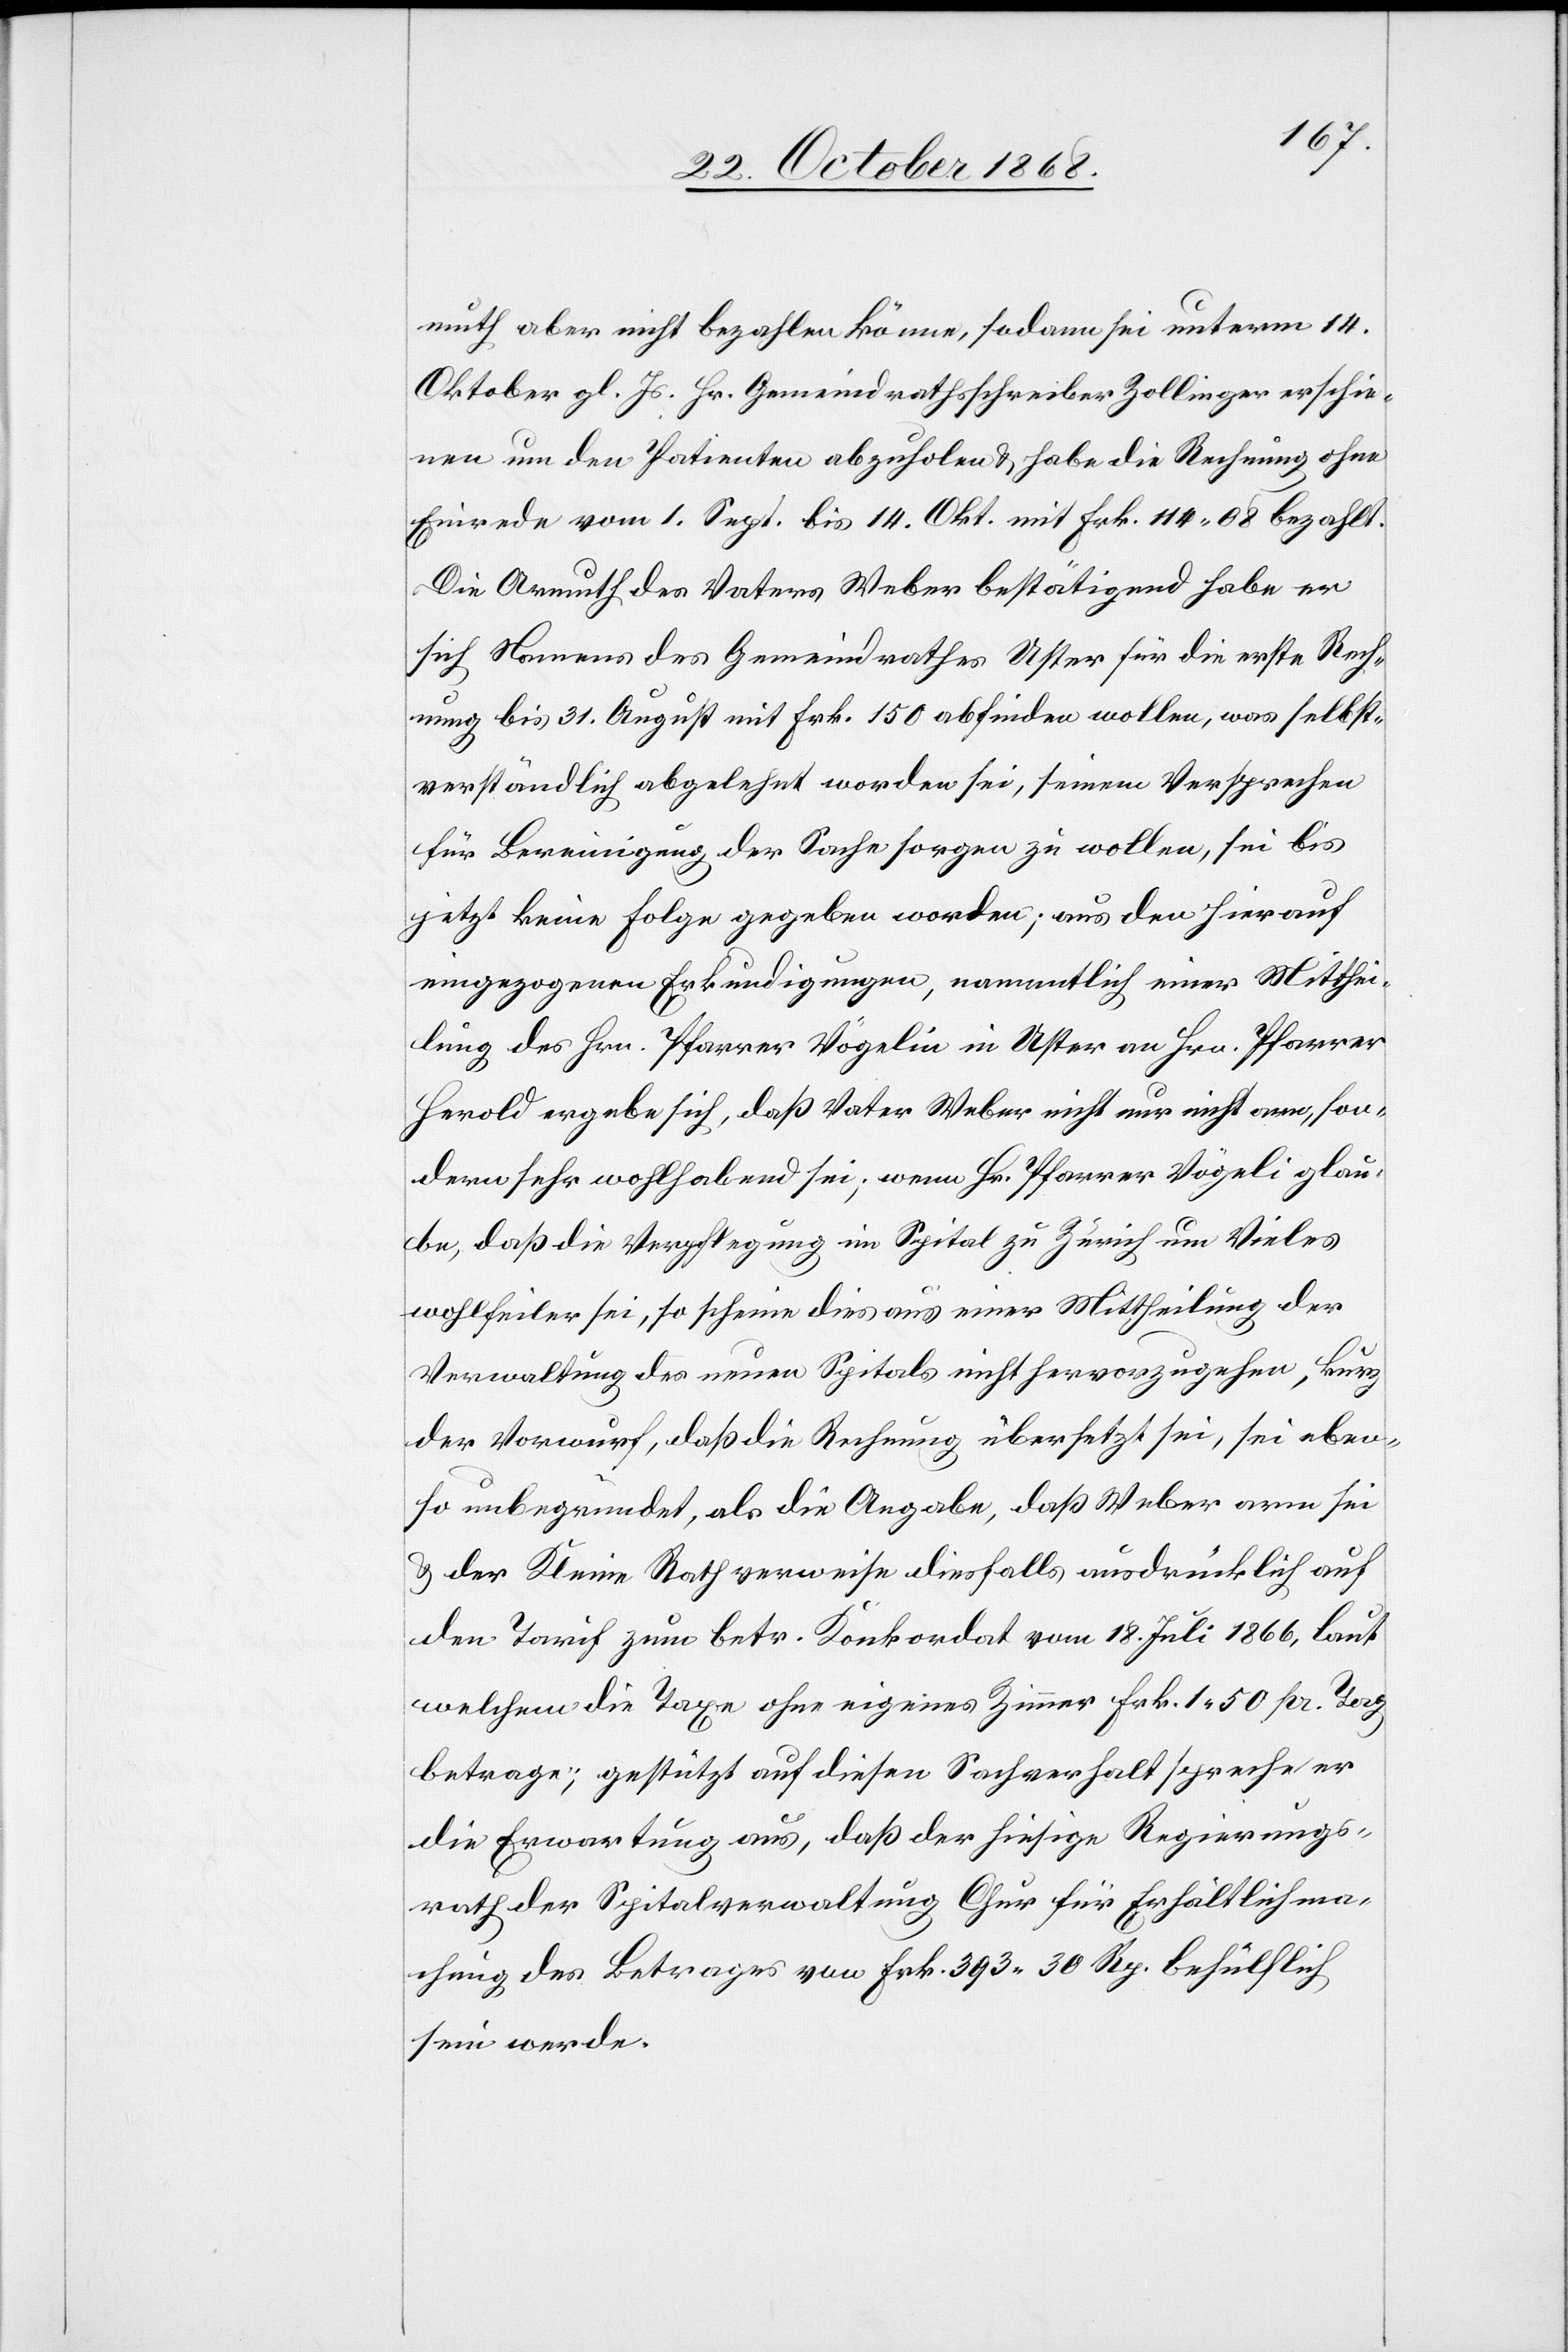
muth aber nicht bezahlen könne, sodann sei unterm 14.
Oktober gl. Js. Hr. Gemeindrathsschreiber Zollinger erschie¬
nen um den Patienten abzuholen & habe die Rechnung ohne
Einrede vom 1. Sept. bis 14. Okt. mit Frk. 114.08 bezahlt.
Die Armuth des Vaters Weber bestätigend habe er
sich Namens des Gemeindrathes Uster für die erste Rech¬
nung bis 31. August mit Frk. 150 abfinden wollen, was selbst¬
verständlich abgelehnt worden sei, seinem Versprechen
für Bereinigung der Sache sorgen zu wollen, sei bis
jetzt keine Folge gegeben worden; aus den hierauf
eingezogenen Erkundigungen, namentlich einer Mitthei¬
lung des Hrn. Pfarrer Vögelin in Uster an Hrn. Pfarrer
Herold ergebe sich, daß Vater Weber nicht nur nicht arm, son¬
dern sehr wohlhabend sei; wenn Hr. Pfarrer Vögeli [sic!] glau¬
be, daß die Verpflegung im Spital zu Zürich um Vieles
wohlfeiler sei, so scheine dies aus einer Mittheilung der
Verwaltung des neuen Spitals nicht hervorzugehen, kurz
der Vorwurf, daß die Rechnung übersetzt sei, sei eben¬
so unbegründet, als die Angabe, daß Weber arm sei
& der Kleine Rath verweise diesfalls ausdrücklich auf
den Tarif zum betr. Konkordat vom 18. Juli 1866, laut
welchem die Taxe ohne eigenes Zimmer Frk. 1.50 pr. Tag
betrage; gestützt auf diesen Sachverhalt spreche er
die Erwartung aus, daß der hiesige Regierungs¬
rath der Spitalverwaltung Chur für Erhältlichma¬
chung des Betrages von Frk. 393 30 Rp. behülflich
sein werde.